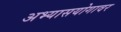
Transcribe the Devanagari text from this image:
अभ्यासयोगावर